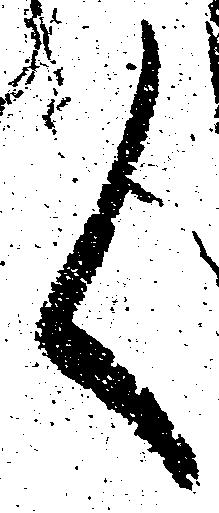
く